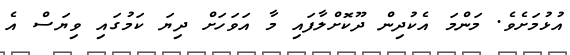
އުޅުމަށެވެ. މަންމަ އެކުދިން ދޫކޮށްލާފައި މާ އަވަހަށް ދިޔަ ކަމުގައި ވިޔަސް އެ